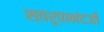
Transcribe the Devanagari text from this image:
स्वरूपानंदजी